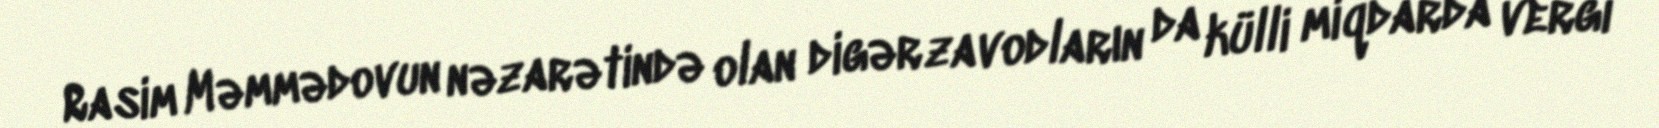
Rasim Məmmədovun nəzarətində olan digər zavodların da külli miqdarda vergi